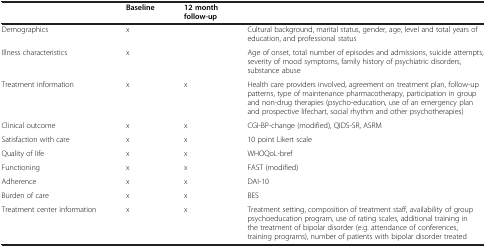
<table><thead><tr><td><b> </b></td><td><b>Baseline</b></td><td><b>12 month follow-up</b></td><td><b> </b></td></tr></thead><tbody><tr><td>Demographics</td><td>x</td><td> </td><td>Cultural background, marital status, gender, age, level and total years of education, and professional status</td></tr><tr><td>Illness characteristics</td><td>x</td><td> </td><td>Age of onset, total number of episodes and admissions, suicide attempts, severity of mood symptoms, family history of psychiatric disorders, substance abuse</td></tr><tr><td>Treatment information</td><td>x</td><td>x</td><td>Health care providers involved, agreement on treatment plan, follow-up patterns, type of maintenance pharmacotherapy, participation in group and non-drug therapies (psycho-education, use of an emergency plan and prospective lifechart, social rhythm and other psychotherapies)</td></tr><tr><td>Clinical outcome</td><td>x</td><td>x</td><td>CGI-BP-change (modified), QIDS-SR, ASRM</td></tr><tr><td>Satisfaction with care</td><td>x</td><td>x</td><td>10 point Likert scale</td></tr><tr><td>Quality of life</td><td>x</td><td>x</td><td>WHOQoL-bref</td></tr><tr><td>Functioning</td><td>x</td><td>x</td><td>FAST (modified)</td></tr><tr><td>Adherence</td><td>x</td><td>x</td><td>DAI-10</td></tr><tr><td>Burden of care</td><td>x</td><td>x</td><td>BES</td></tr><tr><td>Treatment center information</td><td>x</td><td>x</td><td>Treatment setting, composition of treatment staff, availability of group psychoeducation program, use of rating scales, additional training in the treatment of bipolar disorder (e.g. attendance of conferences, training programs), number of patients with bipolar disorder treated</td></tr></tbody></table>